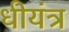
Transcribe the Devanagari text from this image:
धीयंत्र